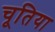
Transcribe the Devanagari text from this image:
चूतिया